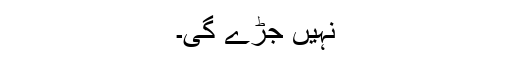
نہیں جڑے گی۔